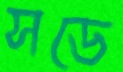
সডে